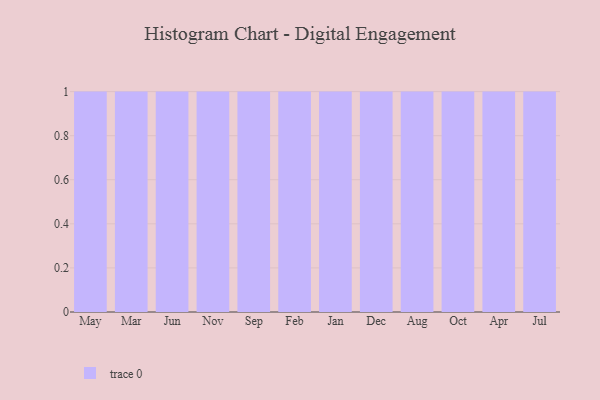
{"axis": {"x": "Month", "y": "Inventory Turnover"}, "legend": [""], "data": [{"x": "May", "y": 56, "type": ""}, {"x": "Mar", "y": 23, "type": ""}, {"x": "Jun", "y": 17, "type": ""}, {"x": "Nov", "y": 73, "type": ""}, {"x": "Sep", "y": 4, "type": ""}, {"x": "Feb", "y": 20, "type": ""}, {"x": "Jan", "y": 63, "type": ""}, {"x": "Dec", "y": 11, "type": ""}, {"x": "Aug", "y": 30, "type": ""}, {"x": "Oct", "y": 8, "type": ""}, {"x": "Apr", "y": 3, "type": ""}, {"x": "Jul", "y": 60, "type": ""}]}